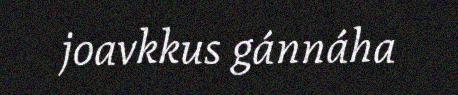
joavkkus gánnáha